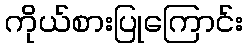
ကိုယ်စားပြုကြောင်း